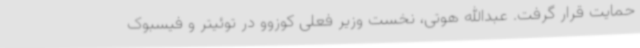
حمایت قرار گرفت. عبدالله هوتی، نخست وزیر فعلی کوزوو در توئیتر و فیسبوک